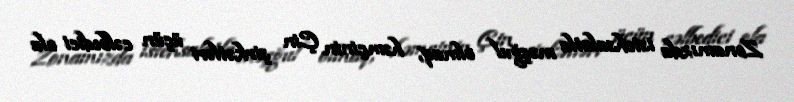
Zonamızda istehsalatla məşğul olmaq, həmçinin Çin şirkətləri üçün cəlbedici ola